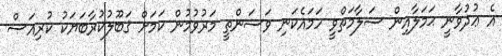
އެ ޢުދުވާނީ ޙަމަލާއިން ސަލާމަތްވީ ހަމައެކަނި ވަސަންތީ މަރުވުމުން ކަމަށް ޤަބޫލުކުރާބަޔަކު ކުރިއަސް